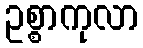
ဥစ္စာကုလာ